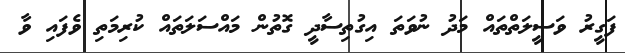
ފަގީރު ވަސީލަތްތައް މަދު ނުވަތަ އިގުތިސާދީ ގޮތުން މައްސަލަތައް ކުރިމަތި ވެފައި ވާ